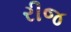
રીજ